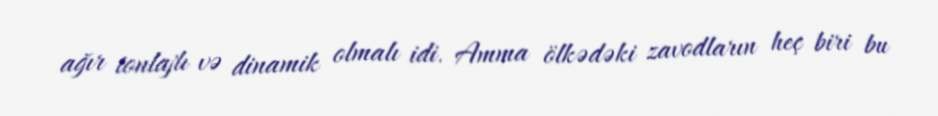
ağır tonlajlı və dinamik olmalı idi. Amma ölkədəki zavodların heç biri bu